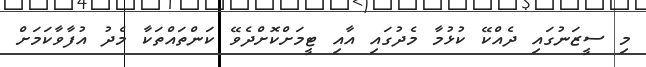
މި ސީޒަނުގައި ދެއްކޭ ކުޅުމާ މެދުގައި އާއި ޓީމަށްކޮށްދެވޭ ކަންތައްތަކާ މެދު އުފާވާކަމަށް